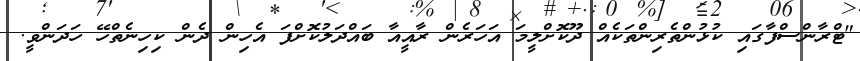
"ޓްރާންސްފާގައި ކުޅުންތެރިންތަކެއް ދޫކޮށްލީމަ އަހަރެން ރާއީއާ ބައްދަލުކޮށްފަ އެހިން ދެން ކިހިނެތްހޭ ހަދަންވީ.